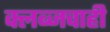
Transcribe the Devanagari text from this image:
क्लब्जचाही